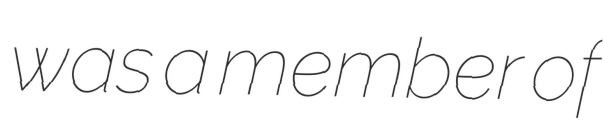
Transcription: was a member of